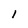
Character: l